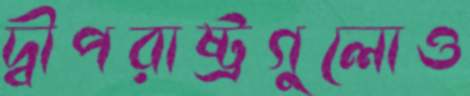
দ্বীপরাষ্ট্রগুলোও